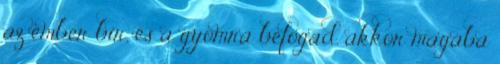
az ember bír, és a gyomra befogad, akkor magába